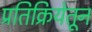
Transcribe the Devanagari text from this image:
प्रतिक्रियेतून